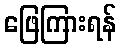
ဖြေကြားရန်